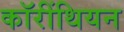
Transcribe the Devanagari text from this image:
कॉरींथियन